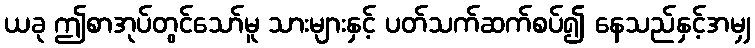
ယခု ဤစာအုပ်တွင်သော်မူ သားများနှင့် ပတ်သက်ဆက်စပ်၍ နေသည်နှင့်အမျှ